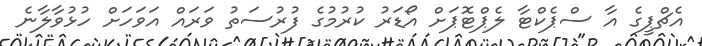
އެޗްޕީގެ އާ ސްޕެކްޓާ ލެޕްޓޮޕަށް އޯޑަރު ކުރުމުގެ ފުރުސަތު ވަރައް އަވަހަށް ހުޅުވާލާނެ